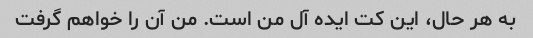
به هر حال، این کت ایده آل من است. من آن را خواهم گرفت